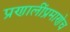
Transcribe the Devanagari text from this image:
प्रणालींप्रमाणेच